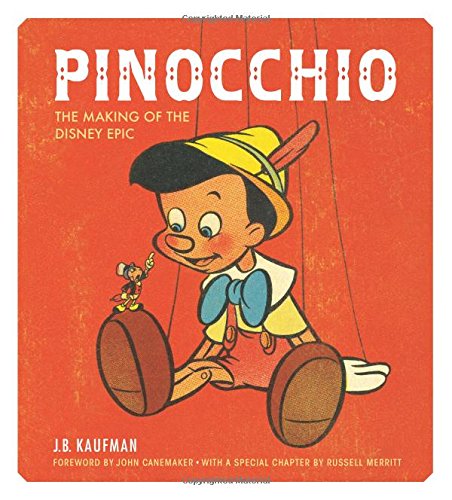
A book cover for Pinocchio: The Making of the Disney Epic; J.B. Kaufman; Comics & Graphic Novels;